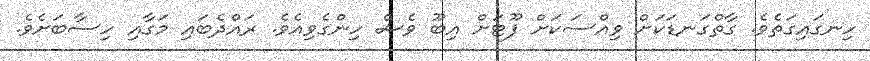
ހިނގައިގަތެވެ. ގާތްގަނޑަކަށް ވިއްސަކަށް ފޫޓަށް އިބޫ ވެސް ހިންގެވިއެވެ. ރައްދެބައި މަގާއި ހިސާބަށެވެ.